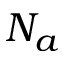
N _ { a }